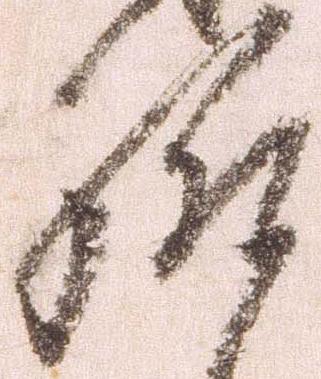
給